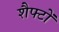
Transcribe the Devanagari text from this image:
शैफ्टों